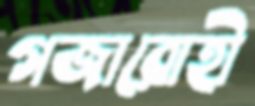
গজারোহী